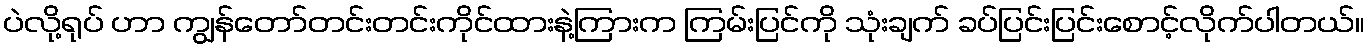
ပဲလို့ရုပ် ဟာ ကျွန်တော်တင်းတင်းကိုင်ထားနဲ့ကြားက ကြမ်းပြင်ကို သုံးချက် ခပ်ပြင်းပြင်းစောင့်လိုက်ပါတယ်။